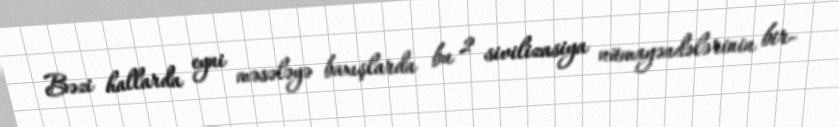
Bəzi hallarda eyni məsələyə baxışlarda bu 2 sivilizasiya nümayəndələrinin bir-